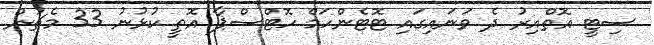
ސިޓީ އޮތްއިރު ދެ ވަނައިގައި ޓޮޓެންހަމް ހޮޓްސްޕާ އޮތީ ކުޅުނު 33 މެޗުން